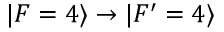
\vert F = 4 \rangle \rightarrow \vert F ^ { \prime } = 4 \rangle